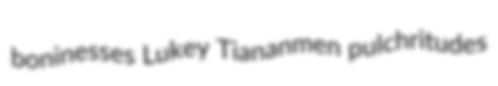
boninesses Lukey Tiananmen pulchritudes